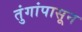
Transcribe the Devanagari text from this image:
तुंगांपासून